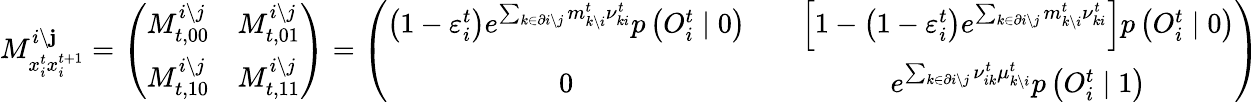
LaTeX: M_{x_{i}^{t}x_{i}^{t+1}}^{i\setminus\mathbf{j}}=\left(\begin{array}{cc}{M_{t,00}^{i\setminus j}}&{M_{t,01}^{i\setminus j}}\\ {M_{t,10}^{i\setminus j}}&{M_{t,11}^{i\setminus j}}\end{array}\right)=\left(\begin{array}{ccc}{\left(1-\varepsilon_{i}^{t}\right)e^{\sum_{k\in\partial i\setminus j}m_{k\setminus i}^{t}{\nu}_{ki}^{t}}p\left(O_{i}^{t}\mid 0\right)}&{}&{\left[1-\left(1-\varepsilon_{i}^{t}\right)e^{\sum_{k\in\partial i\setminus j}m_{k\setminus i}^{t}{\nu}_{ki}^{t}}\right]p\left(O_{i}^{t}\mid 0\right)}\\ {0}&{}&{e^{\sum_{k\in\partial i\setminus j}\nu_{ik}^{t}\mu_{k\setminus i}^{t}}p\left(O_{i}^{t}\mid 1\right)}\end{array}\right)